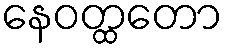
နေဝတ္ထတော